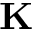
\mathbf { K }